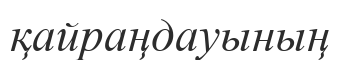
қайраңдауының